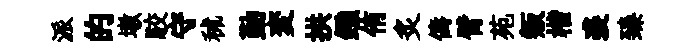
派的墩駮守秫勤変拱鏹侑炙儔臂苑叛楷裘臻